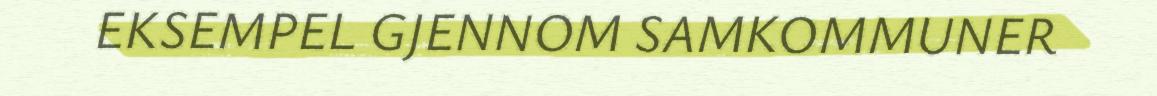
EKSEMPEL GJENNOM SAMKOMMUNER